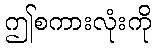
ဤစကားလုံးကို